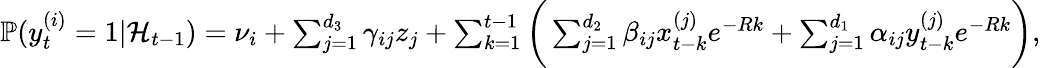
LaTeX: \begin{array}{r}{\mathbb{P}(y_{t}^{(i)}=1|\mathcal{H}_{t-1})=\nu_{i}+\sum_{j=1}^{d_{3}}\gamma_{ij}z_{j}+\sum_{k=1}^{t-1}\bigg(\sum_{j=1}^{d_{2}}\beta_{ij}x_{t-k}^{(j)}e^{-Rk}+\sum_{j=1}^{d_{1}}\alpha_{ij}y_{t-k}^{(j)}e^{-Rk}\bigg),}\end{array}